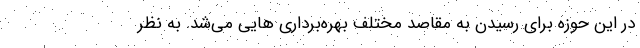
در این حوزه برای رسیدن به مقاصد مختلف بهره‌برداری هایی می‌شد. به نظر